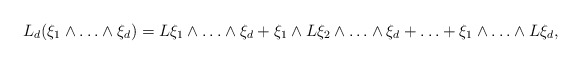
\begin{align*}L_d(\xi_1\wedge\ldots\wedge\xi_d)=L\xi_1\wedge\ldots\wedge\xi_d+\xi_1\wedge L\xi_2\wedge\ldots\wedge\xi_d+\ldots+\xi_1\wedge\ldots\wedge L\xi_d,\end{align*}